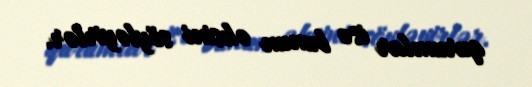
qurumlar isə bunun əksini söyləyirlər.